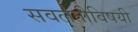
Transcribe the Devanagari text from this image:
सवलतीविषयी